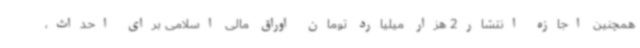
همچنین اجازه انتشار2 هزار میلیارد تومان اوراق مالی اسلامی برای احداث،